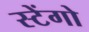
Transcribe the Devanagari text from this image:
स्टेंगो